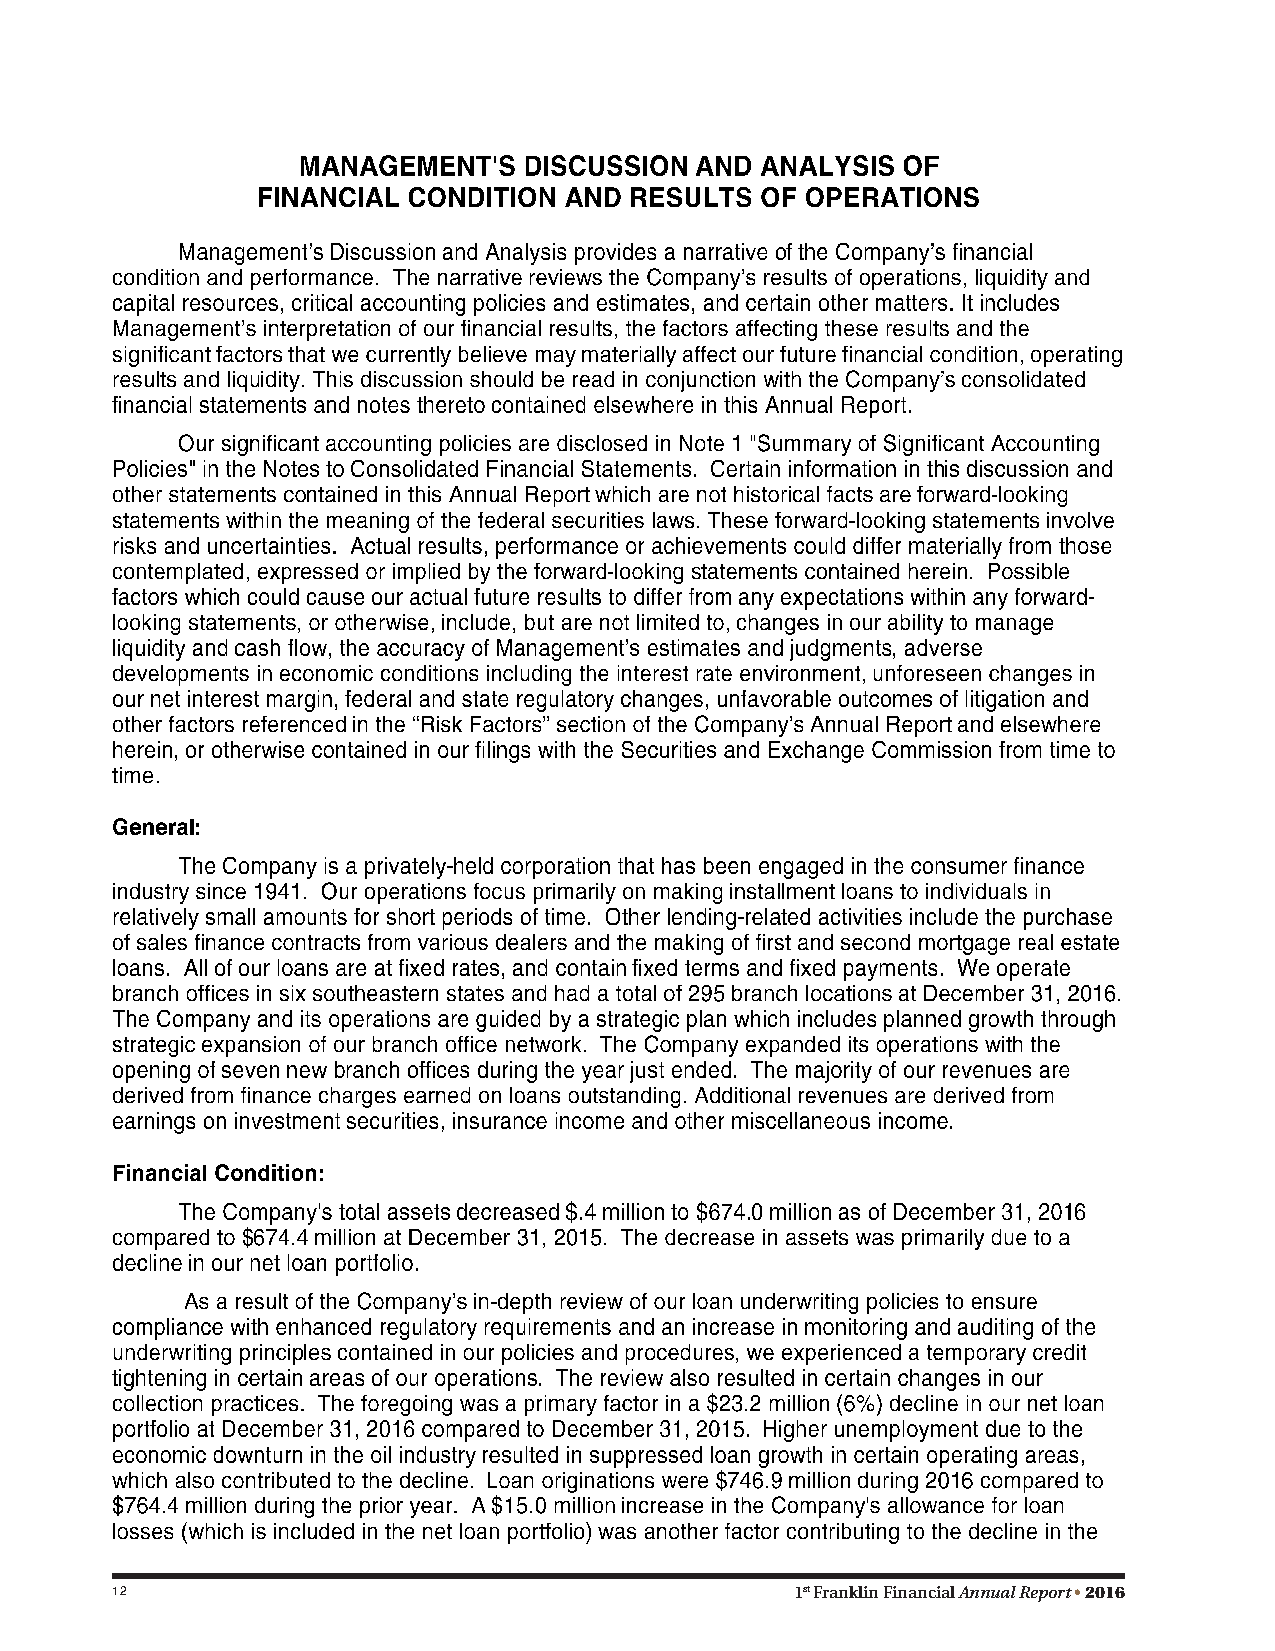
12                                            1st Franklin Financial Annual Report • 2016
 15